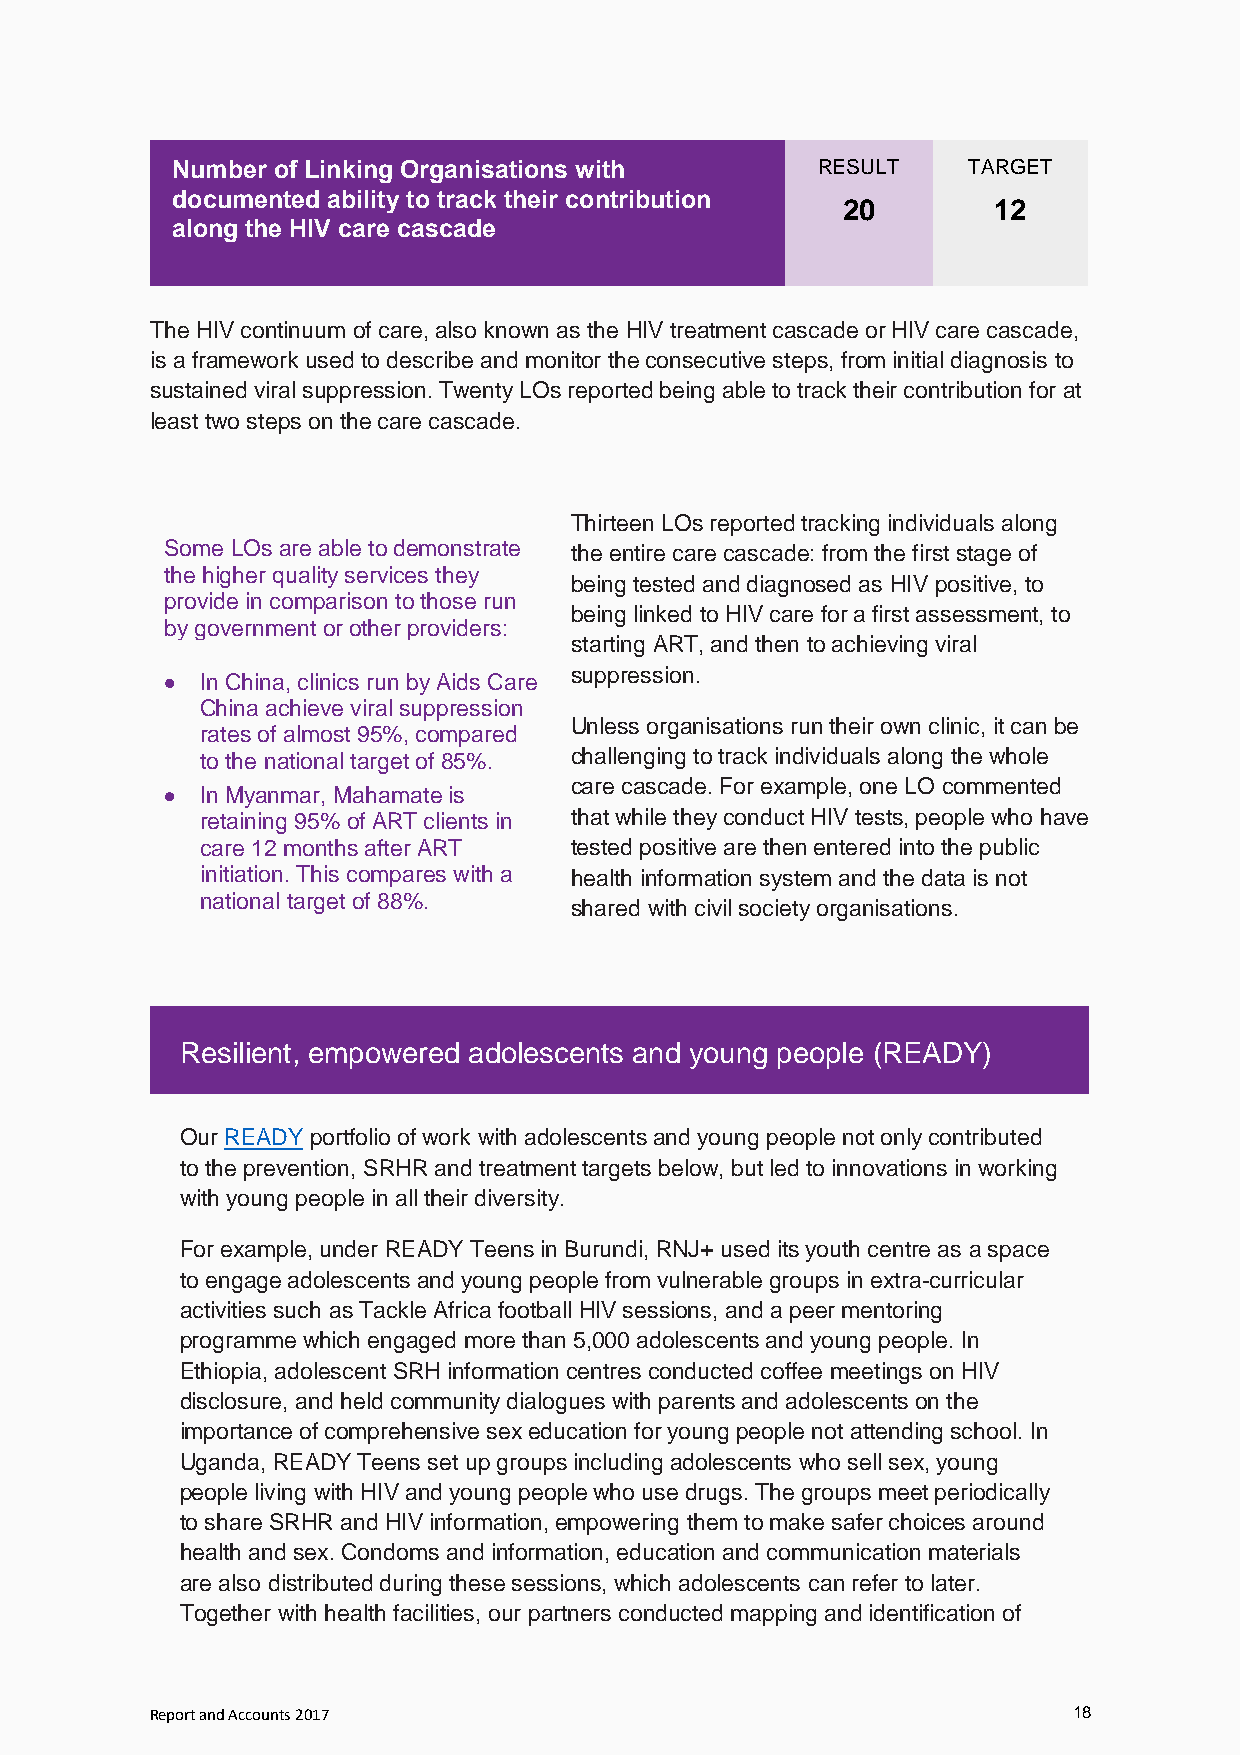
Number of Linking Organisations with       RESULT    TARGET
 documented ability to track their contribution
 20        12
 along the HIV care cascade
 The HIV continuum of care, also known as the HIV treatment cascade or HIV care cascade,
 is a framework used to describe and monitor the consecutive steps, from initial diagnosis to
 sustained viral suppression. Twenty LOs reported being able to track their contribution for at
 least two steps on the care cascade.
 Thirteen LOs reported tracking individuals along
 Some LOs are able to demonstrate the entire care cascade: from the first stage of
 the higher quality services they
 being tested and diagnosed as HIV positive, to
 provide in comparison to those run
 being linked to HIV care for a first assessment, to
 by government or other providers:
 starting ART, and then to achieving viral
 suppression.
  In China, clinics run by Aids Care
 China achieve viral suppression
 Unless organisations run their own clinic, it can be
 rates of almost 95%, compared
 to the national target of 85%. challenging to track individuals along the whole
 care cascade. For example, one LO commented
  In Myanmar, Mahamate is
 retaining 95% of ART clients in that while they conduct HIV tests, people who have
 care 12 months after ART tested positive are then entered into the public
 initiation. This compares with a health information system and the data is not
 national target of 88%.
 shared with civil society organisations.
 Resilient, empowered adolescents and young people (READY)
 Our READY portfolio of work with adolescents and young people not only contributed
 to the prevention, SRHR and treatment targets below, but led to innovations in working
 with young people in all their diversity.
 For example, under READY Teens in Burundi, RNJ+ used its youth centre as a space
 to engage adolescents and young people from vulnerable groups in extra-curricular
 activities such as Tackle Africa football HIV sessions, and a peer mentoring
 programme which engaged more than 5,000 adolescents and young people. In
 Ethiopia, adolescent SRH information centres conducted coffee meetings on HIV
 disclosure, and held community dialogues with parents and adolescents on the
 importance of comprehensive sex education for young people not attending school. In
 Uganda, READY Teens set up groups including adolescents who sell sex, young
 people living with HIV and young people who use drugs. The groups meet periodically
 to share SRHR and HIV information, empowering them to make safer choices around
 health and sex. Condoms and information, education and communication materials
 are also distributed during these sessions, which adolescents can refer to later.
 Together with health facilities, our partners conducted mapping and identification of
 Report and Accounts 2017                                     18